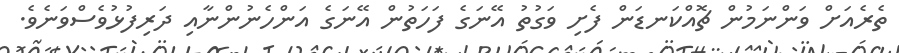
ތެރެއަށް ވަންނަމުން ޗޮއްކަނޑަން ފެށި ވަގުތު އޭނަގެ ފަހަތުން އޭނަގެ އަންހެނުންނާއި ދަރިފުޅުވެސްވަނެވެ.